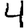
Digit: 4